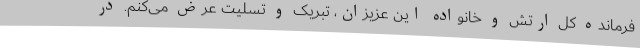
فرمانده کل ارتش و خانواده این عزیزان، تبریک و تسلیت عرض می‌کنم. در